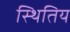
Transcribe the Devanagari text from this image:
स्थितिय